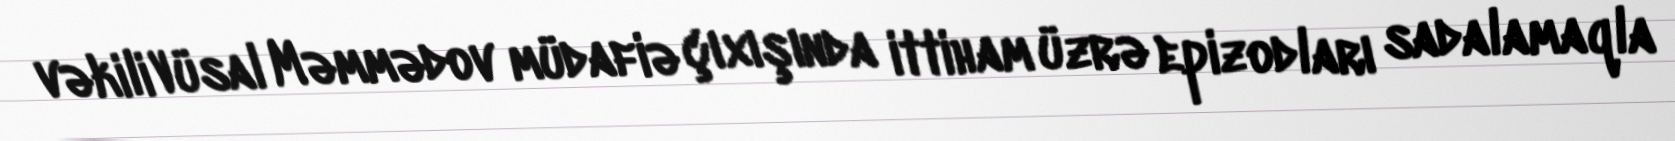
vəkili Vüsal Məmmədov müdafiə çıxışında ittiham üzrə epizodları sadalamaqla